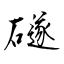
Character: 礈